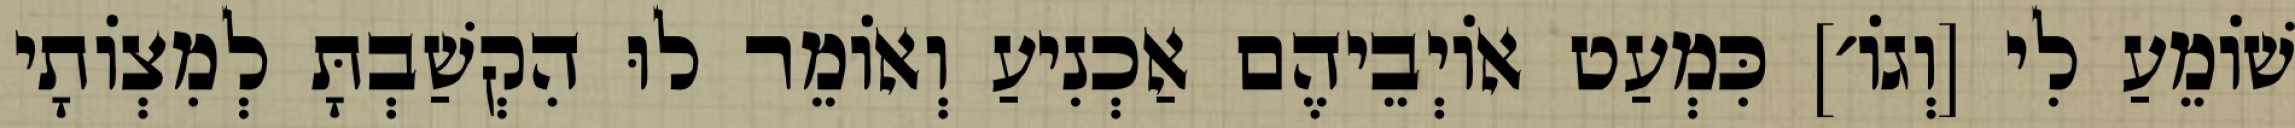
שׁוֹמֵעַ לִי [וְגוֹ׳] כִּמְעַט אוֹיְבֵיהֶם אַכְנִיעַ וְאוֹמֵר לוּ הִקְשַׁבְתָּ לְמִצְוֹתָי